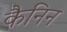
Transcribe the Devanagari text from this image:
कैनिन